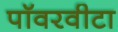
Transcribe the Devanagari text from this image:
पॉवरवीटा